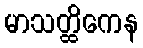
မာသတ္ထိကေန